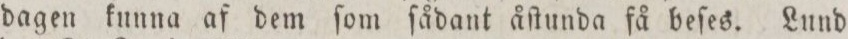
dagen kunna af dem ſom ſådant åſtunda få beſes. Lund